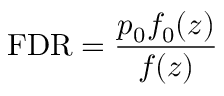
\mathrm { F D R } = { \frac { p _ { 0 } f _ { 0 } ( z ) } { f ( z ) } }